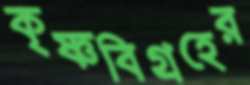
কৃষ্ণবিগ্রহের